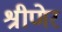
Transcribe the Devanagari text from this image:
श्रीणेर